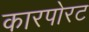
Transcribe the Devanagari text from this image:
कारपोरट